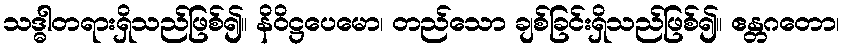
သဒ္ဓါတရားရှိသည်ဖြစ်၍။ နိဝိဋ္ဌပေမော၊ တည်သော ချစ်ခြင်းရှိသည်ဖြစ်၍။ ဧန္တဂတော၊